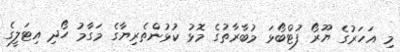
މި އަހަރުގެ ޔޫރޯ ފުޓްބޯޅަ މުބާރާތުގެ މޮޅު ކުޅުންތެރިޔާގެ މަގާމު ހޯދި އިޓަލީގެ